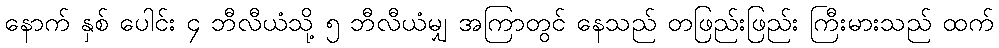
နောက် နှစ် ပေါင်း ၄ ဘီလီယံသို့ ၅ ဘီလီယံမျှ အကြာတွင် နေသည် တဖြည်းဖြည်း ကြီးမားသည် ထက်